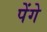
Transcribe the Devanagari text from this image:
पेंगे